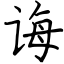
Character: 诲